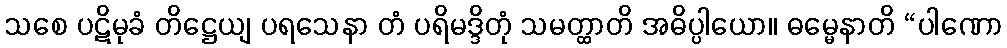
သစေ ပဋိမုခံ တိဋ္ဌေယျ ပရသေနာ တံ ပရိမဒ္ဒိတုံ သမတ္ထာတိ အဓိပ္ပါယော။ ဓမ္မေနာတိ “ပါဏော